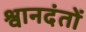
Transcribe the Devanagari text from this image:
श्वानदंतों